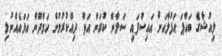
ލިއުޝާގެ ބައްޕަ ޙަފުލާއަށް އައިސްފައި ސަލާން ކުރަން އަތް ދިއްކުރުމުން ހަމްދޫން އަޅައެއްނުލި